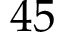
4 5